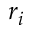
r _ { i }